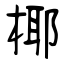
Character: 椰